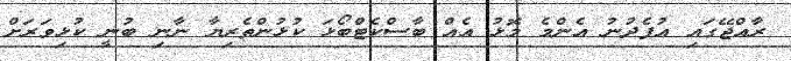
ރާއްޖޭގައި އުފެދުނު އެންމެ މޮޅު އެއް ބާސްކެޓްބޯޅަ ކުޅުންތެރިޔާ ނާނި ބުނީ ކުޅިވަރަށް